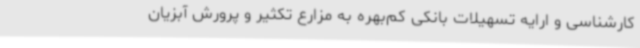
کارشناسی و ارایه تسهیلات بانکی کم‌بهره به مزارع تکثیر و پرورش آبزیان